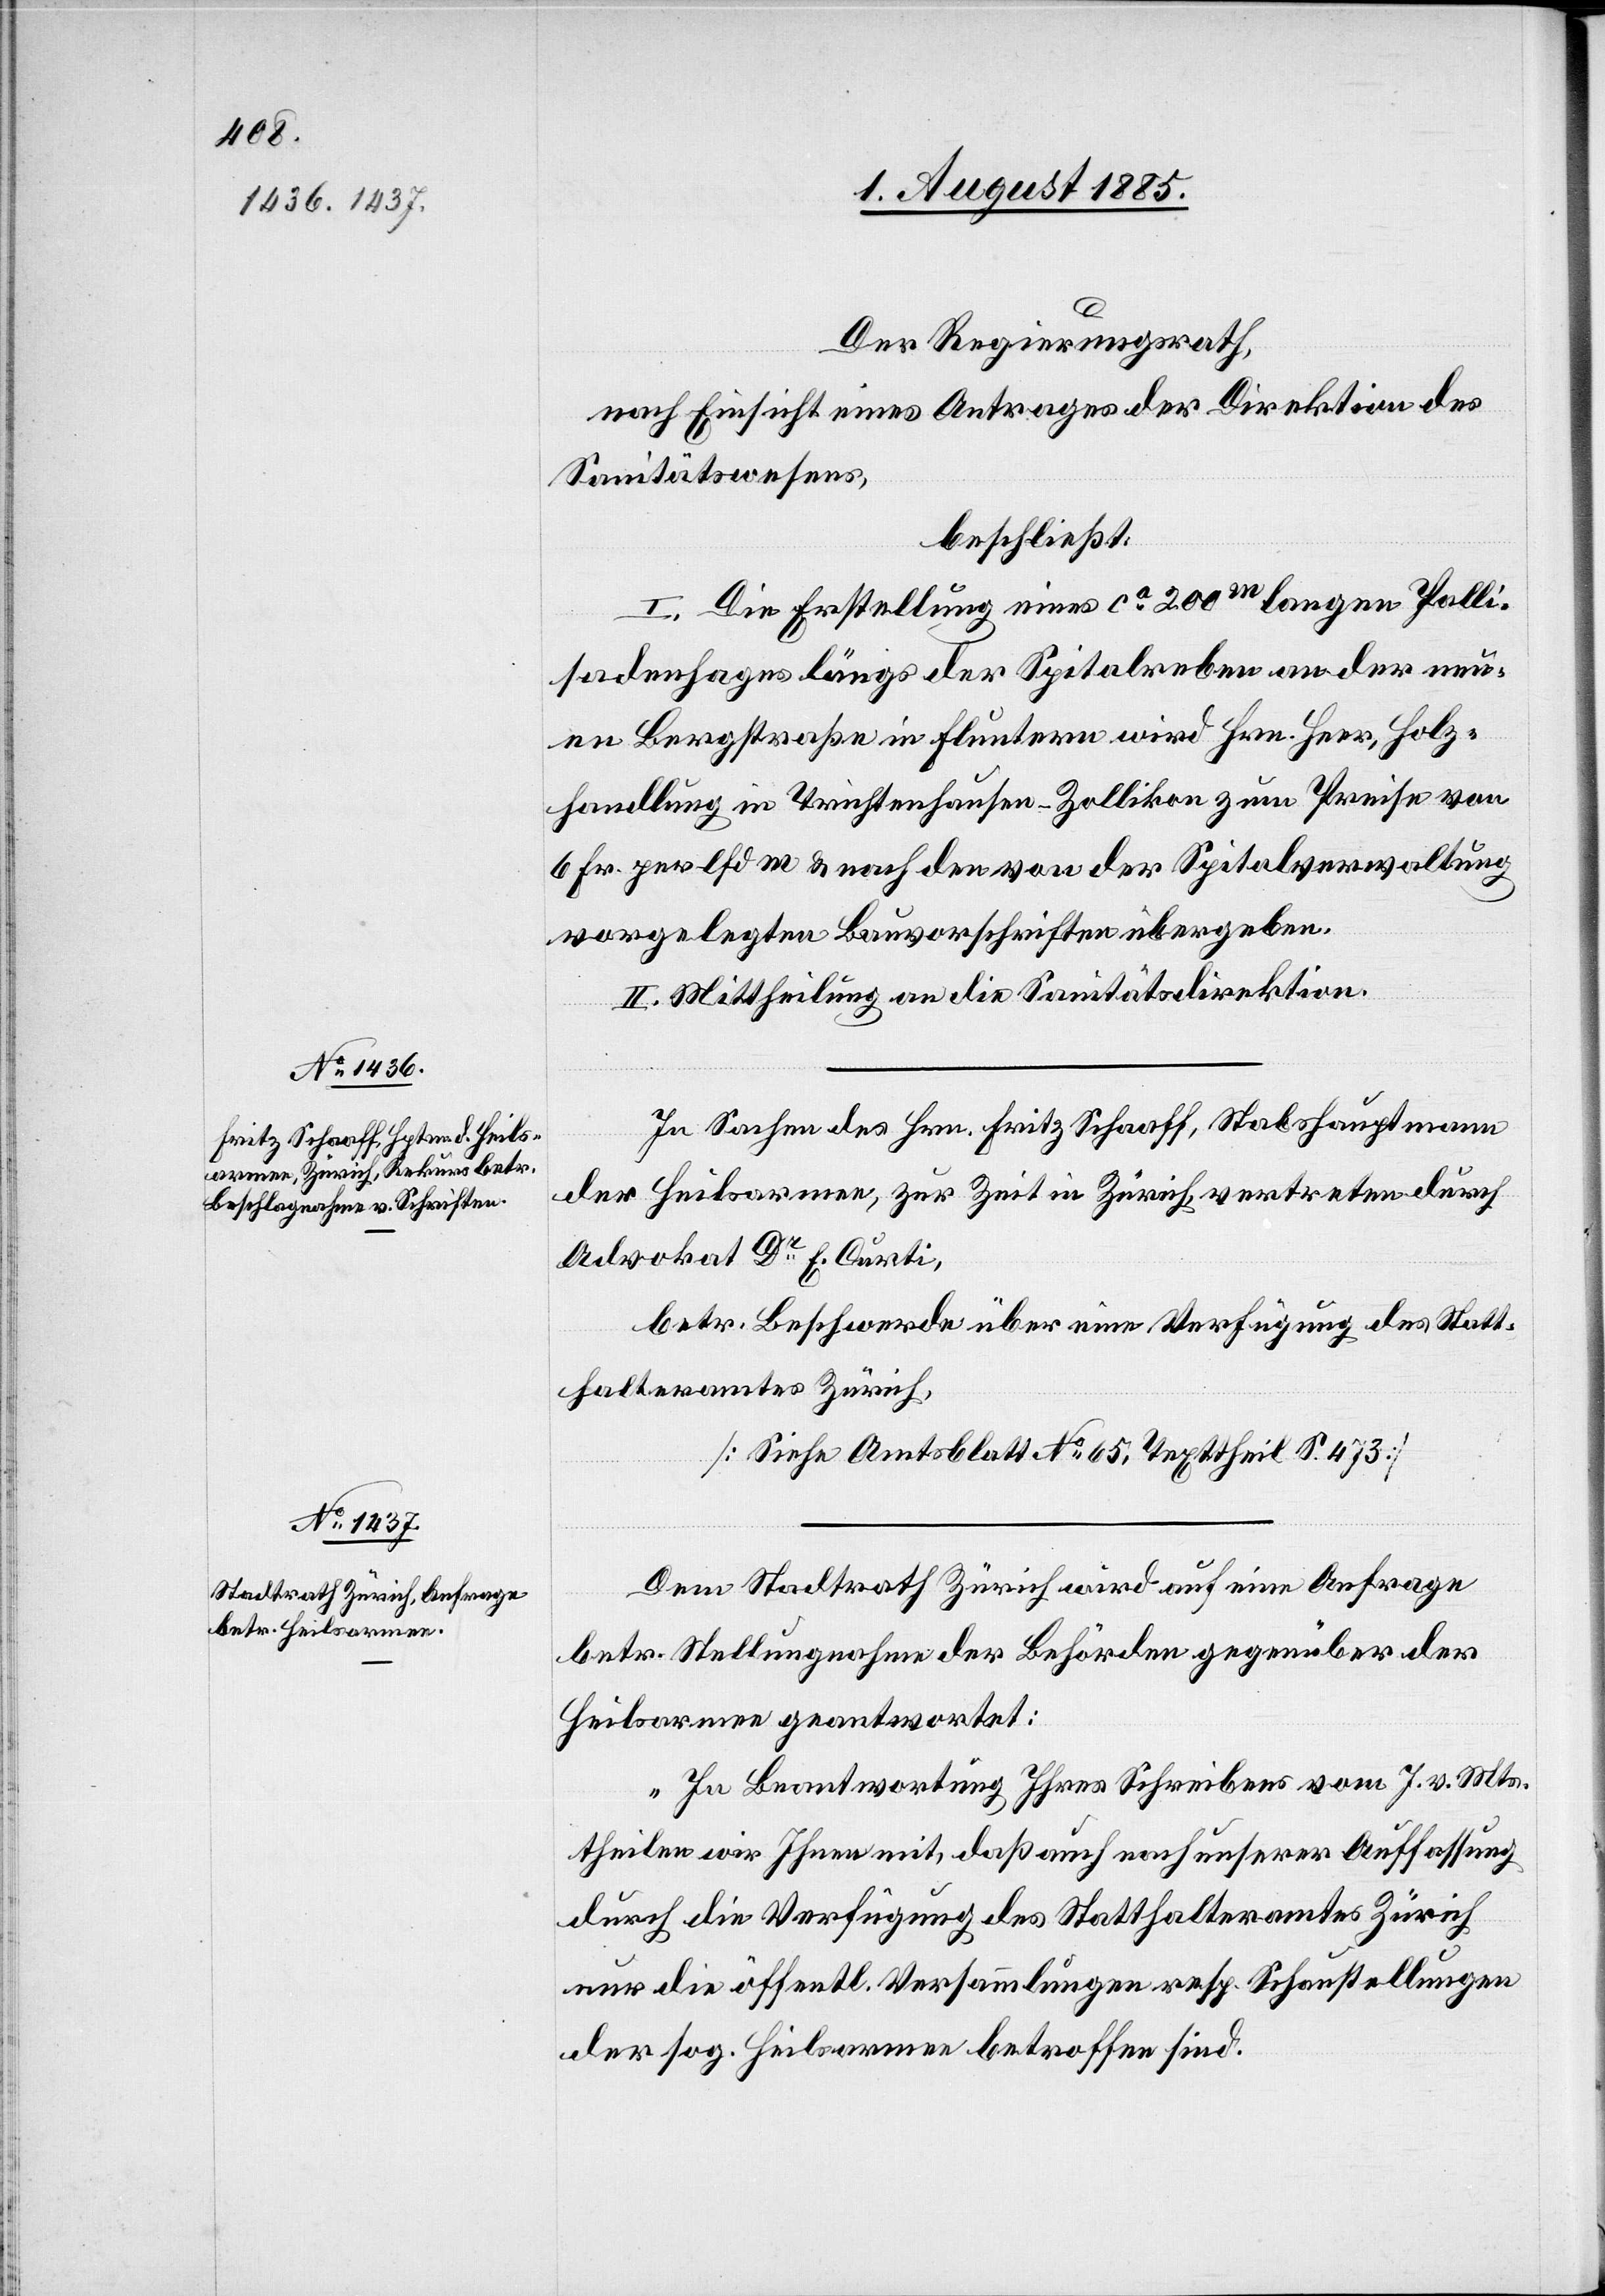
Der Regierungsrath,
nach Einsicht eines Antrages der Direktion des
Sanitätswesens,
beschließt:
I. Die Erstellung eines ca 200 m langen Palli¬
sadenhages längs der Spitalreben an der neu¬
en Bergstraße in Fluntern wird Hrn. Heer, Holz¬
handlung in Trichtenhausen - Zollikon zum Preise von
6 Fr. per lfd m & nach den von der Spitalverwaltung
vorgelegten Bauvorschriften übergeben.
II. Mittheilung an die Sanitätsdirektion.
In Sachen des Hrn. Fritz Schaaff, Stabshauptmann
der Heilsarmee, zur Zeit in Zürich, vertreten durch
Advokat Dr E. Curti,
betr. Beschwerde über eine Verfügung des Statt¬
halteramtes Zürich,
[Siehe Amtsblatt No 65, Texttheil S. 473]
Dem Stadtrath Zürich wird auf eine Anfrage
betr. Stellungnahme der Behörden gegenüber der
Heilsarmee geantwortet:
„In Beantwortung Ihres Schreibens vom 7. v. Mts.
theilen wir Ihnen mit, daß auch nach unserer Auffassung
durch die Verfügung des Statthalteramtes Zürich
nur die öffentl. Versammlungen resp. Schaustellungen
der sog. Heilsarmee betroffen sind.